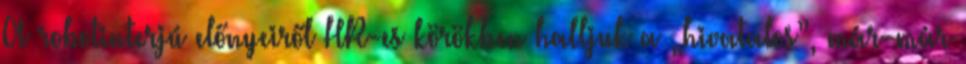
A robotinterjú előnyeiről HR-es körökben halljuk a „hivatalos”, már-már